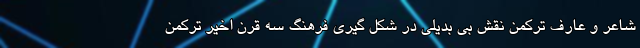
شاعر و عارف ترکمن نقش بی بدیلی در شکل گیری فرهنگ سه قرن اخیر ترکمن